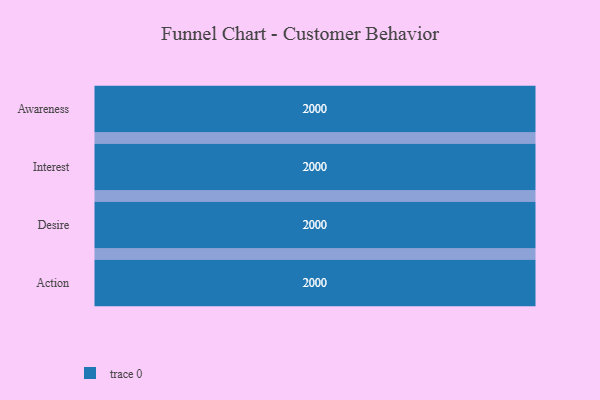
{"axis": {"x": "Stage", "y": "Value"}, "legend": [""], "data": [{"x": "Awareness", "y": 2000, "type": ""}, {"x": "Interest", "y": 2000, "type": ""}, {"x": "Desire", "y": 2000, "type": ""}, {"x": "Action", "y": 2000, "type": ""}]}